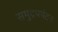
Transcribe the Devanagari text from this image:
समुद्रपर्यटन